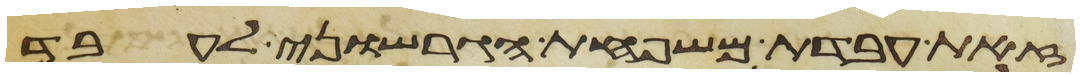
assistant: זאת עבדת משפחת הגרשוני לעבד